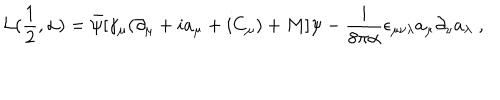
LaTeX: { \cal L } ( \frac { 1 } { 2 } , \alpha ) = \bar { \psi } [ \gamma _ { \mu } ( \partial _ { \mu } + i a _ { \mu } + i C _ { \mu } ) + M ] \psi - \frac { i } { 8 \pi \alpha } \epsilon _ { \mu \nu \lambda } a _ { \mu } \partial _ { \nu } a _ { \lambda } \; ,